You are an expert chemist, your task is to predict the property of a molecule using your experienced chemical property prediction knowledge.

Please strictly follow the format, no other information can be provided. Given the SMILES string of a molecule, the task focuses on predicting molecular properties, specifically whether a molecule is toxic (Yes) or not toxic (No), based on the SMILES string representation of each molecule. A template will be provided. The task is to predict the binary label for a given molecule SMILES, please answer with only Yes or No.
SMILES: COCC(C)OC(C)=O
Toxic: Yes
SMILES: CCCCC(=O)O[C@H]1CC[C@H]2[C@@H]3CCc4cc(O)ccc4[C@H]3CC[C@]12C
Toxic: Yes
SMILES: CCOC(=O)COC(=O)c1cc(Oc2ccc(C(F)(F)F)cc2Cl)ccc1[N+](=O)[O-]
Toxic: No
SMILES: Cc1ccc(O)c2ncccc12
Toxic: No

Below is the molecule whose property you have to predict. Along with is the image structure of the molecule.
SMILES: CC(C)=CCCC(C)=CC=O
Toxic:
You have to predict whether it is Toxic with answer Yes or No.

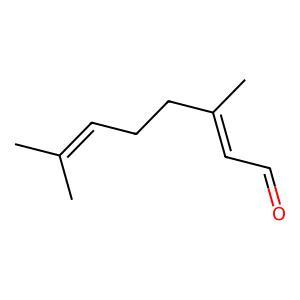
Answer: No